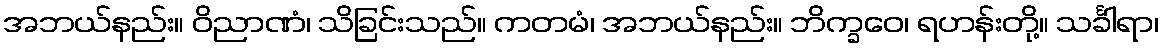
အဘယ်နည်း။ ဝိညာဏံ၊ သိခြင်းသည်။ ကတမံ၊ အဘယ်နည်း။ ဘိက္ခဝေ၊ ရဟန်းတို့။ သင်္ခါရာ၊